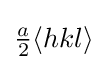
{\tfrac {a}{2}}\langle hkl\rangle